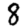
Digit: 8